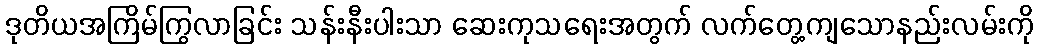
ဒုတိယအကြိမ်ကြွလာခြင်း သန်းနီးပါးသာ ဆေးကုသရေးအတွက် လက်တွေ့ကျသောနည်းလမ်းကို